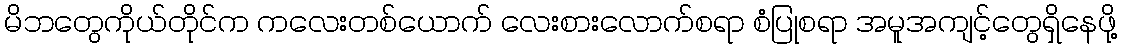
မိဘတွေကိုယ်တိုင်က ကလေးတစ်ယောက် လေးစားလောက်စရာ စံပြုစရာ အမူအကျင့်တွေရှိနေဖို့